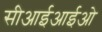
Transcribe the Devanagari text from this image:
सीआईआईओ